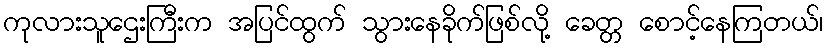
ကုလားသူဌေးကြီးက အပြင်ထွက် သွားနေခိုက်ဖြစ်လို့ ခေတ္တ စောင့်နေကြတယ်၊